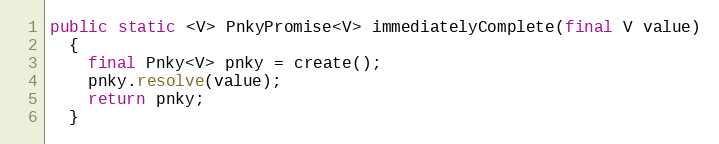
Language: Java
public static <V> PnkyPromise<V> immediatelyComplete(final V value)
  {
    final Pnky<V> pnky = create();
    pnky.resolve(value);
    return pnky;
  }